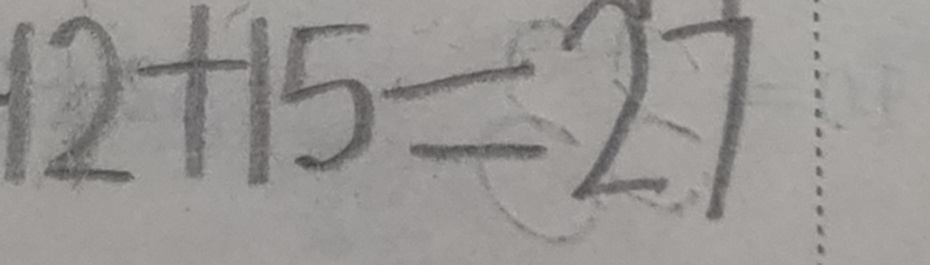
1 2 + 1 5 = 2 7